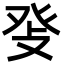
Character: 𤼧